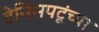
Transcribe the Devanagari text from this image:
टेनिसपटूंच्या